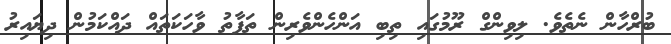
ބުރްހާން ނެތެވެ. ލިވިންގް ރޫމުގައި ތިބި އަންހެންވެރިން ތަފާތު ވާހަކަތައް ދައްކަމުން ދިޔައިރު